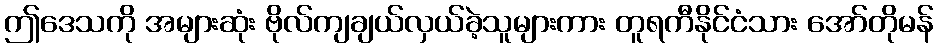
ဤဒေသကို အများဆုံး ဗိုလ်ကျချယ်လှယ်ခဲ့သူများကား တူရကီနိုင်ငံသား အော်တိုမန်